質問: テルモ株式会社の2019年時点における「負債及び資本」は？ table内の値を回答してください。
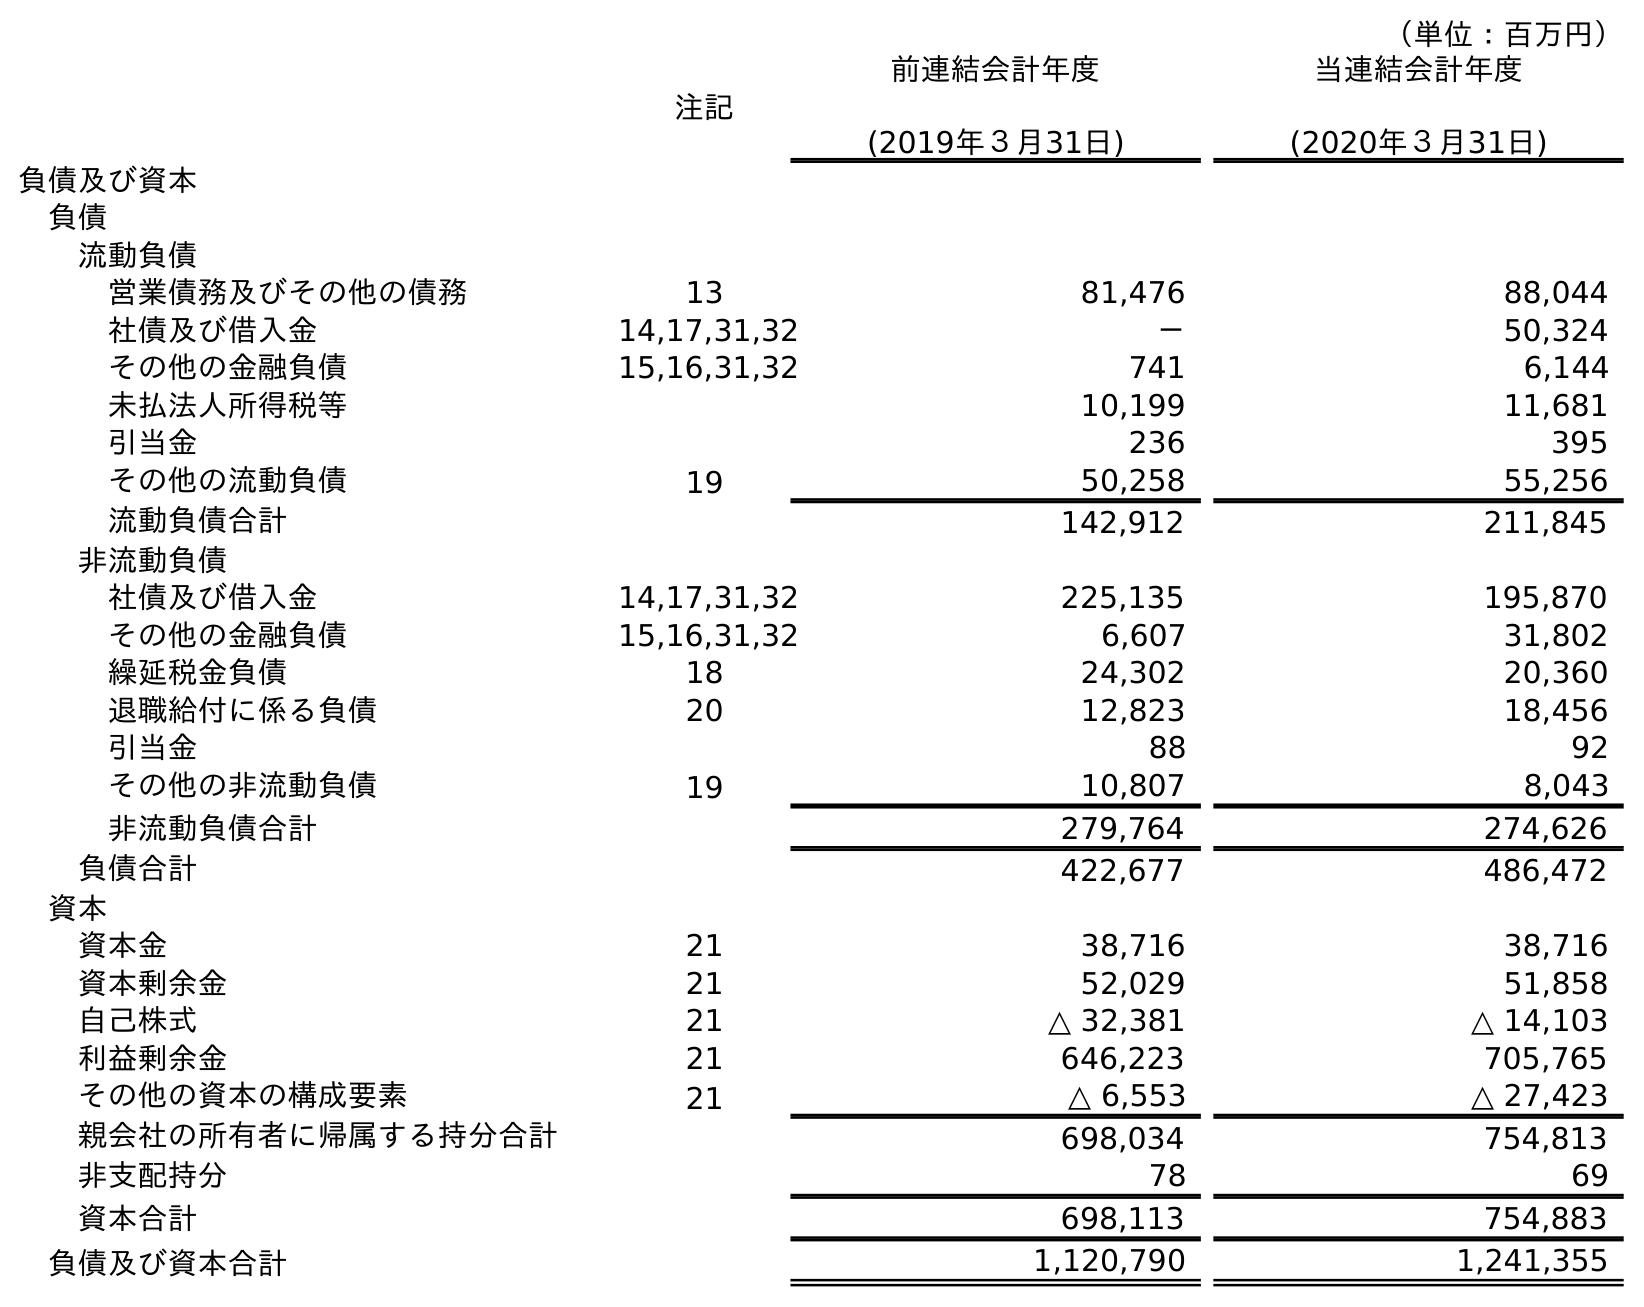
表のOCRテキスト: （単位：百万円） 注記 前連結会計年度 (2019年３月31日) 当連結会計年度 (2020年３月31日) 負債及び資本 負債 流動負債 営業債務及びその他の債務 13 81,476 88,044 社債及び借入金 14,17,31,32 － 50,324 その他の金融負債 15,16,31,32 741 6,144 未払法人所得税等 10,199 11,681 引当金 236 395 その他の流動負債 19 50,258 55,256 流動負債合計 142,912 211,845 非流動負債 社債及び借入金 14,17,31,32 225,135 195,870 その他の金融負債 15,16,31,32 6,607 31,802 繰延税金負債 18 24,302 20,360 退職給付に係る負債 20 12,823 18,456 引当金 88 92 その他の非流動負債 19 10,807 8,043 非流動負債合計 279,764 274,626 負債合計 422,677 486,472 資本 資本金 21 38,716 38,716 資本剰余金 21 52,029 51,858 自己株式 21 △ 32,381 △ 14,103 利益剰余金 21 646,223 705,765 その他の資本の構成要素 21 △ 6,553 △ 27,423 親会社の所有者に帰属する持分合計 698,034 754,813 非支配持分 78 69 資本合計 698,113 754,883 負債及び資本合計 1,120,790 1,241,355
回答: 1,120,790